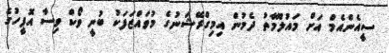
ސީއެންއެމް އަށް މައުލޫމާތު ދެމުން އިމިގްރޭޝަނުގެ މުވައްޒަފަކު ބުނީ ވޯކް ވިސާ އޮފީހުގެ